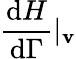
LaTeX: \frac{\mathrm{d}H}{\mathrm{d}\Gamma}|_{\mathbf{v}}